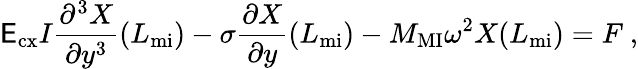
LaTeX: \mathsf{E}_{\mathrm{{cx}}}I\frac{{\partial^{3}{X}}}{{\partial{y^{3}}}}(L_{\mathrm{{mi}}})-\sigma\frac{{\partial{X}}}{{\partial{y}}}(L_{\mathrm{{mi}}})-M_{\mathrm{{MI}}}\omega^{2}X(L_{\mathrm{{mi}}})=F~,